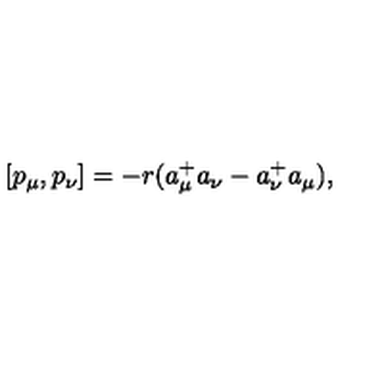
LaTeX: [ p _ { \mu } , p _ { \nu } ] = - r ( a _ { \mu } ^ { + } a _ { \nu } - a _ { \nu } ^ { + } a _ { \mu } ) ,